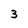
Character: 3